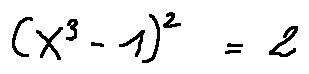
( X ^ { 3 } - 1 ) ^ { 2 } = 2